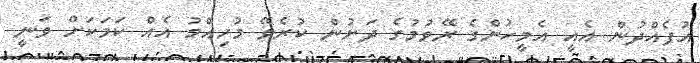
އުފެއްދުން އެއީ އެމީހުންގެ ރޭވުމުގެ ދަށުން ކުރެވޭ މުހިއްމު އެއް ކަމަކަށް ވަނީ